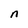
Character: n